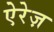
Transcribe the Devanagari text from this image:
ऐरेज़